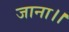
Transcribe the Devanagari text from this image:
जाना।।